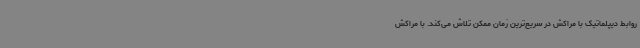
روابط دیپلماتیک با مراکش در سریع‌ترین زمان ممکن تلاش می‌کند. با مراکش